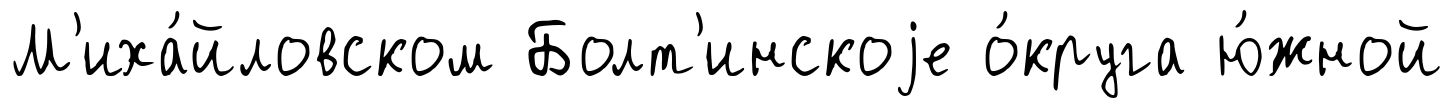
М'иха́йловском Болт'инскоjе о́круга ю́жной